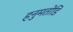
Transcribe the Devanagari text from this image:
हनुमतोडि